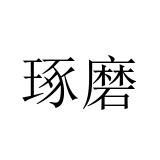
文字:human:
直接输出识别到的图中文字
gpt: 琢磨